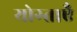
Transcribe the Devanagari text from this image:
योग्ताएँ